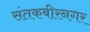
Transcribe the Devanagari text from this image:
संतकबीरनगर